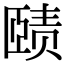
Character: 赜